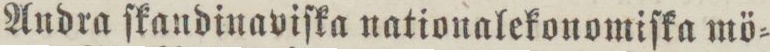
Andra ſkandinaviſka nationalekonomiſka mö=